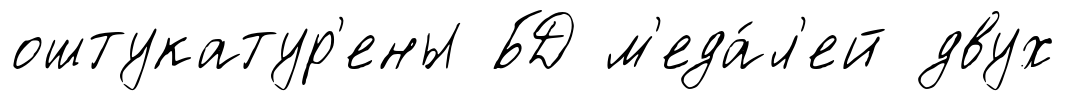
оштукатур'ены БД м'еда́л'ей двух